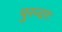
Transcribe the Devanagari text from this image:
पुरन्दरः